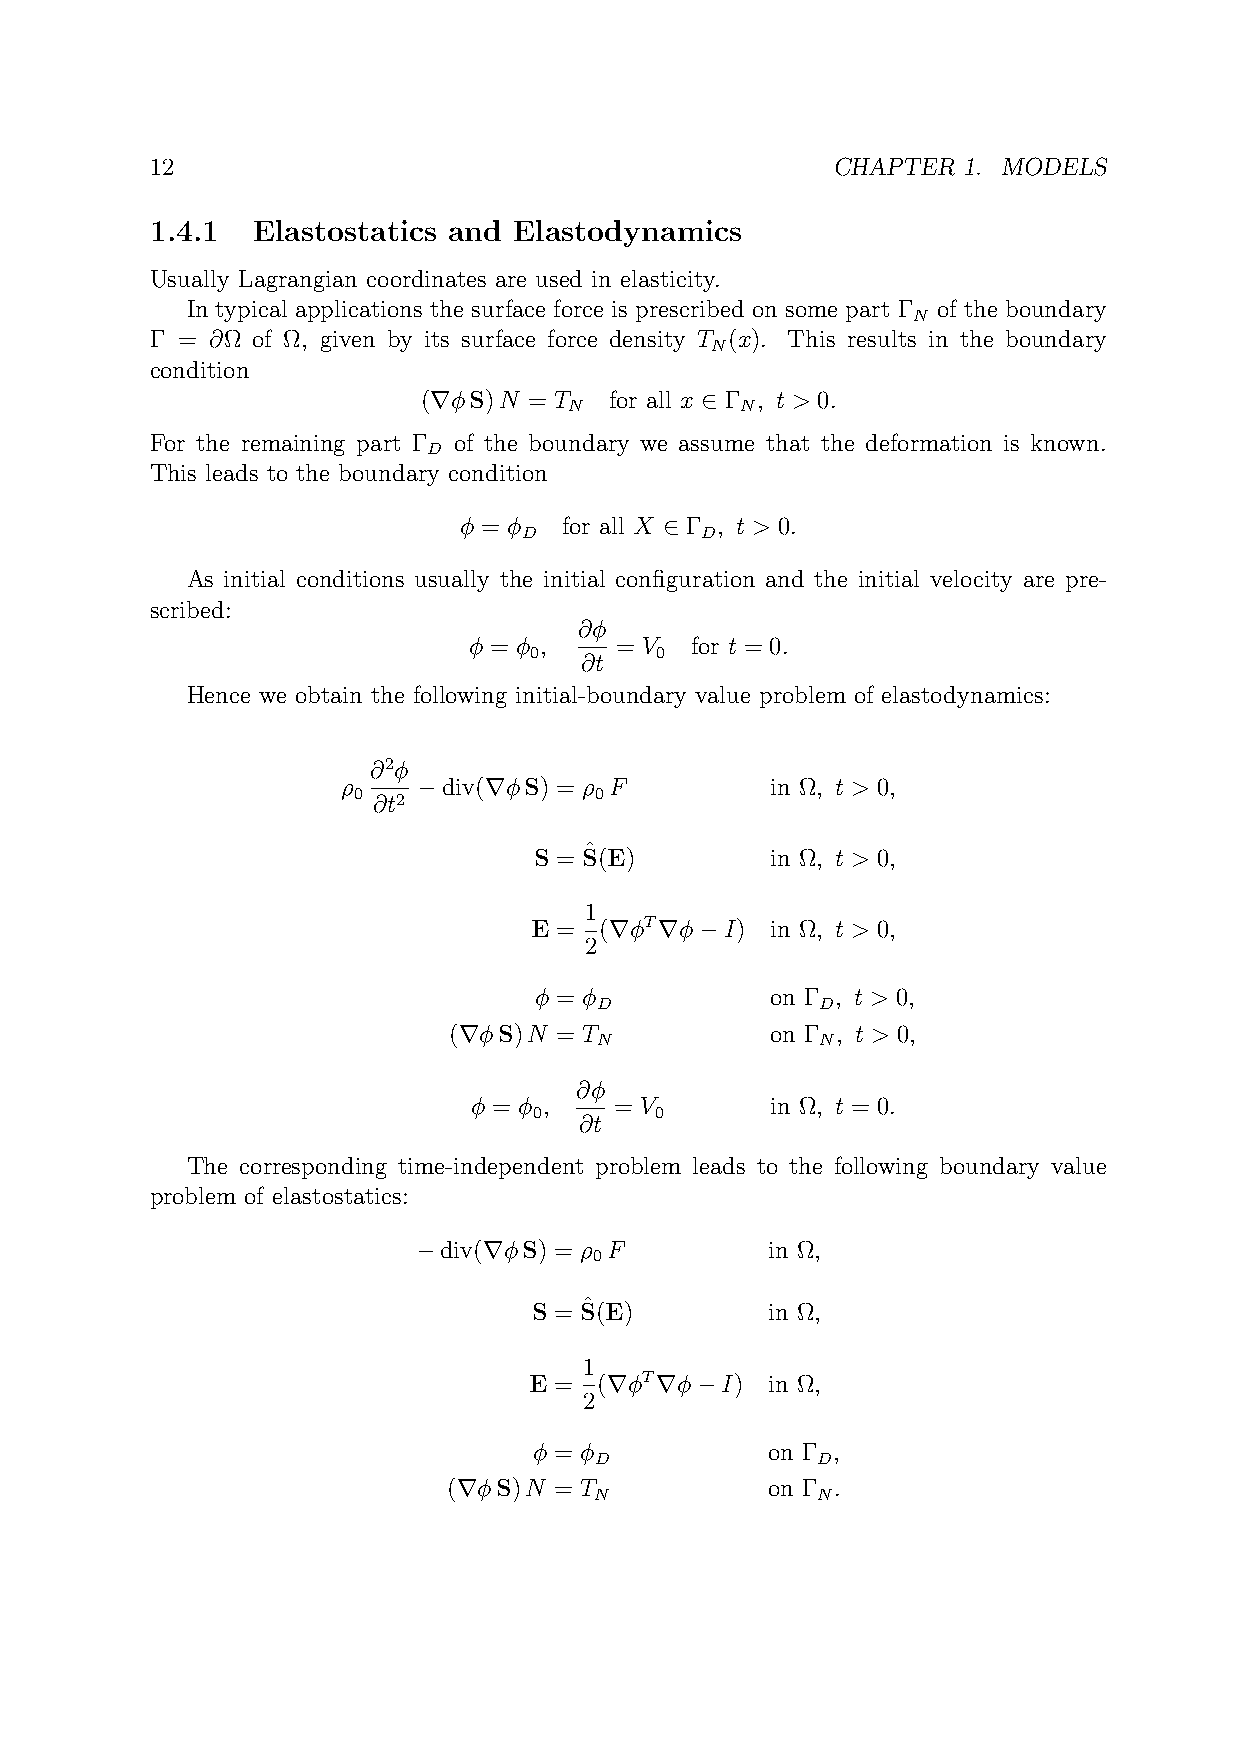
12                                           CHAPTER  1. MODELS
 1.4.1  Elastostatics and Elastodynamics
 Usually Lagrangian coordinates are used in elasticity.
 In typical applications the surface force is prescribed on some part Γ of the boundary
 N
 Γ = ∂Ω of Ω, given by its surface force density T (x). This results in the boundary
 N
 condition
 (∇φS)N = T  for all x ∈ Γ , t > 0.
 N          N
 For the remaining part Γ of the boundary we assume that the deformation is known.
 D
 This leads to the boundary condition
 φ = φ  for all X ∈ Γ , t > 0.
 D          D
 As initial conditions usually the initial configuration and the initial velocity are pre-
 scribed:
 ∂φ
 φ = φ ,   = V  for t = 0.
 0       0
 ∂t
 Hence we obtain the following initial-boundary value problem of elastodynamics:
 ∂2φ
 ρ    −div(∇φS) = ρ F        in Ω, t > 0,
 0 ∂t2           0
 ˆ
 S = S(E)        in Ω, t > 0,
 1
 E =  (∇φT∇φ−I)  in Ω, t > 0,
 2
 φ = φ           on Γ , t > 0,
 D              D
 (∇φS)N = T           on Γ , t > 0,
 N              N
 ∂φ
 φ = φ ,   = V       in Ω, t = 0.
 0       0
 ∂t
 The corresponding time-independent problem leads to the following boundary value
 problem of elastostatics:
 −div(∇φS) = ρ F        in Ω,
 0
 ˆ
 S = S(E)        in Ω,
 1
 E =  (∇φT∇φ−I)  in Ω,
 2
 φ = φ           on Γ ,
 D              D
 (∇φS)N = T           on Γ .
 N              N